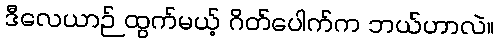
ဒီလေယာဉ် ထွက်မယ့် ဂိတ်ပေါက်က ဘယ်ဟာလဲ။